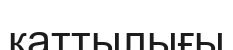
қаттылығы